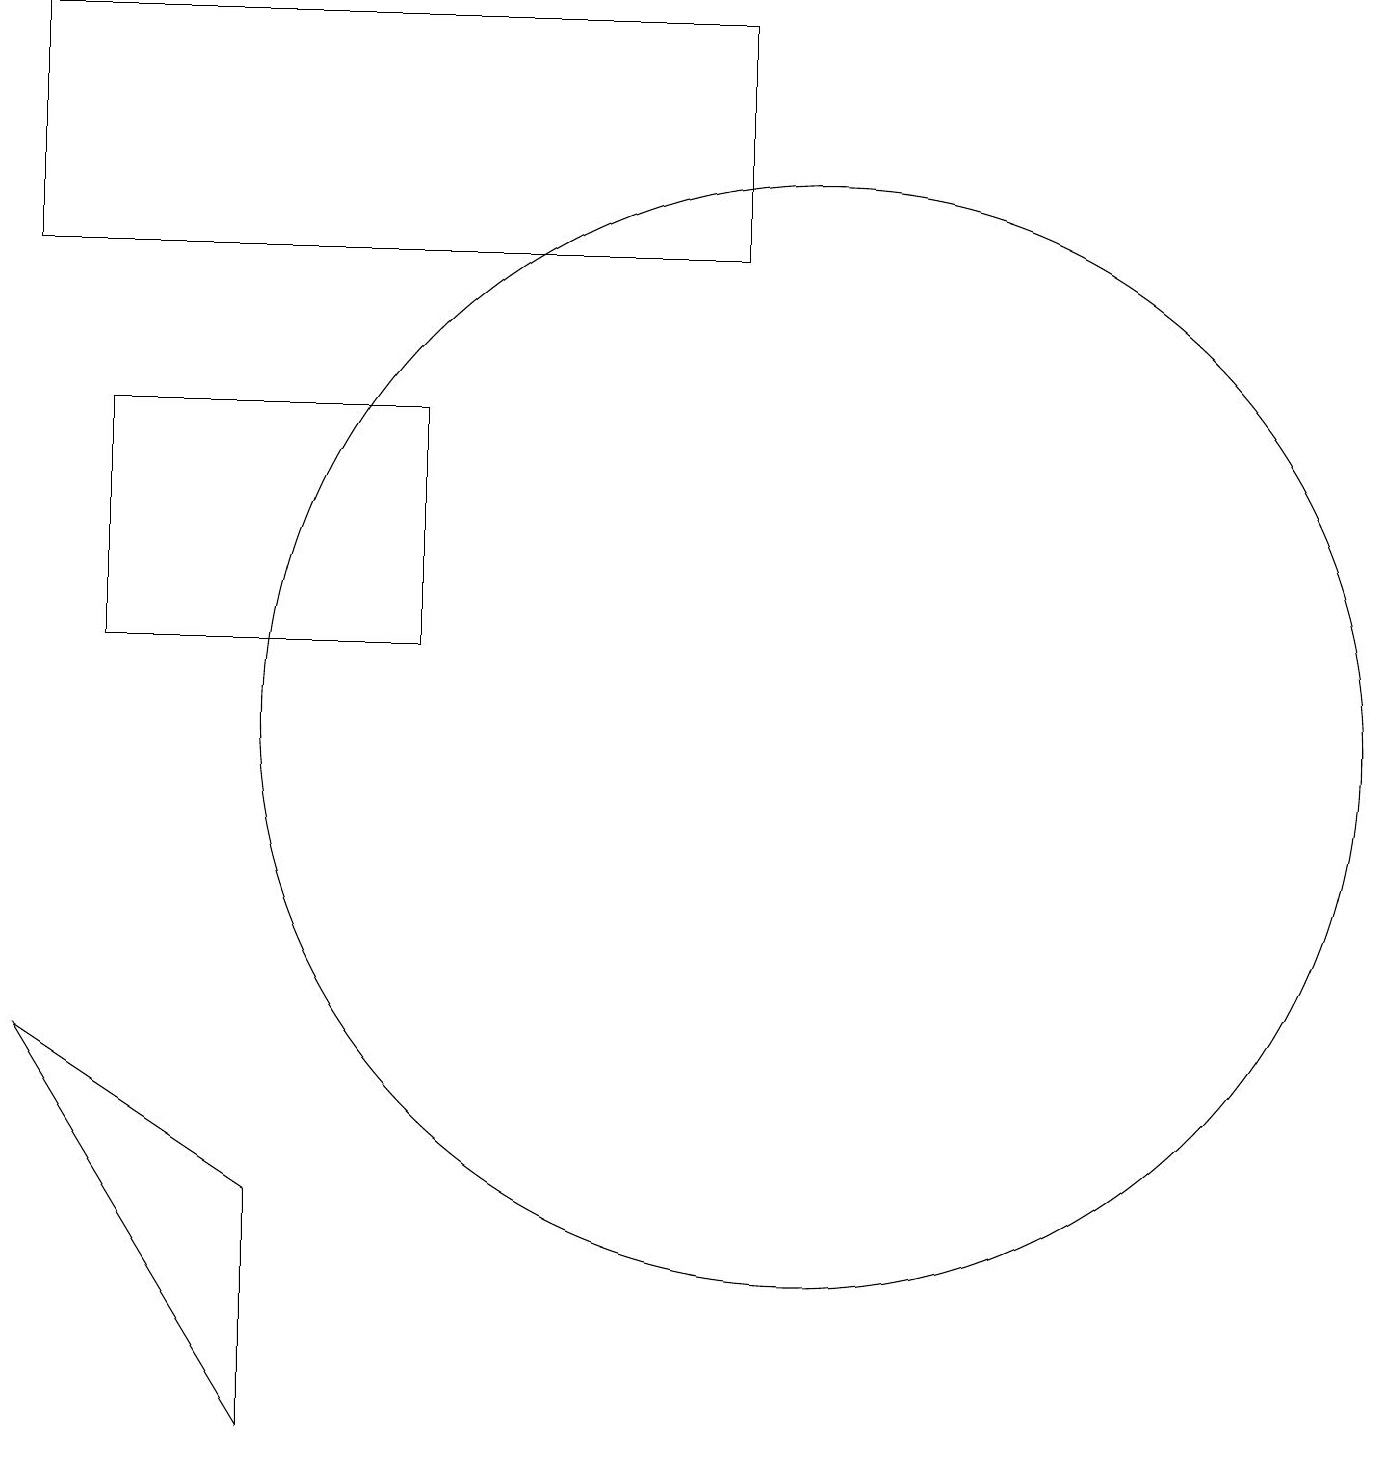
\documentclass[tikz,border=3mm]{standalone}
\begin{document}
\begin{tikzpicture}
\draw (10,10) circle (7);
\draw (0,6) -- (3,1) -- (3,4) -- cycle;
\draw (5,11) rectangle (1,14);
\draw (0,16) rectangle (9,19);
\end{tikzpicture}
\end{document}